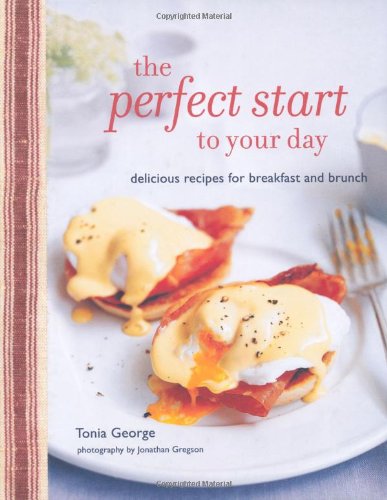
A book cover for The Perfect Start to Your Day: Delicious Recipes for Breakfast and Brunch; Tonia George; Cookbooks, Food & Wine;